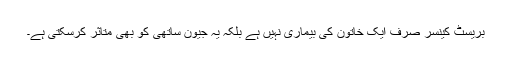
بریسٹ کینسر صرف ایک خاتون کی بیماری نہیں ہے بلکہ یہ جیون ساتھی کو بھی متاثر کرسکتی ہے۔